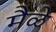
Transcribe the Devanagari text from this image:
मैळे